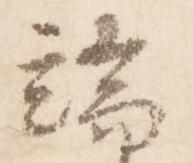
端